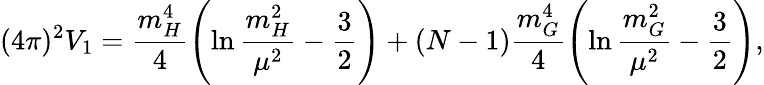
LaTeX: (4\pi)^{2}V_{1}=\frac{m_{H}^{4}}{4}\left(\ln\frac{m_{H}^{2}}{\mu^{2}}-\frac{3}{2}\right)+(N-1)\frac{m_{G}^{4}}{4}\left(\ln\frac{m_{G}^{2}}{\mu^{2}}-\frac{3}{2}\right),